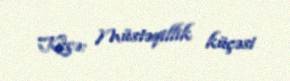
Küçə: Müstəqillik küçəsi